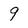
Character: 9